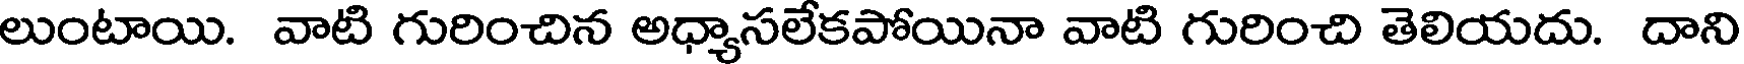
లుంటాయి. వాటి గురించిన అధ్యాసలేకపోయినా వాటి గురించి తెలియదు. దాని